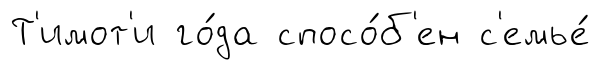
Т'имот'и го́да спосо́б'ен с'емье́